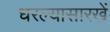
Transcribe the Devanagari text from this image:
धरल्यासारखें